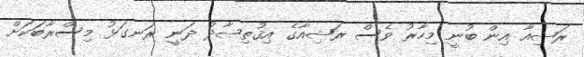
ރަޝިއާ އިން ބުނީ މިހާރު ވެސް ރަޝިއާގެ އިޤުތިޞާދު ދަނީ ރަނގަޅު މިސްރާބަކަށް